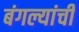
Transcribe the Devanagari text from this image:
बंगल्यांची